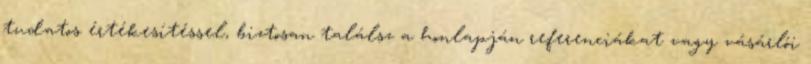
tudatos értékesítéssel, biztosan találsz a honlapján referenciákat vagy vásárlói